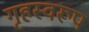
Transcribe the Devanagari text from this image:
गृहस्वरूप